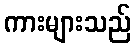
ကားများသည်